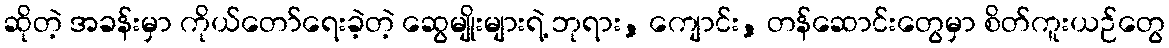
ဆိုတဲ့ အခန်းမှာ ကိုယ်တော်ရေးခဲ့တဲ့ ဆွေမျိုးများရဲ့ ဘုရား, ကျောင်း, တန်ဆောင်းတွေမှာ စိတ်ကူးယဉ်တွေ